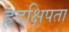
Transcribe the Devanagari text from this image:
हृदक्षिपता